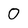
Character: 0